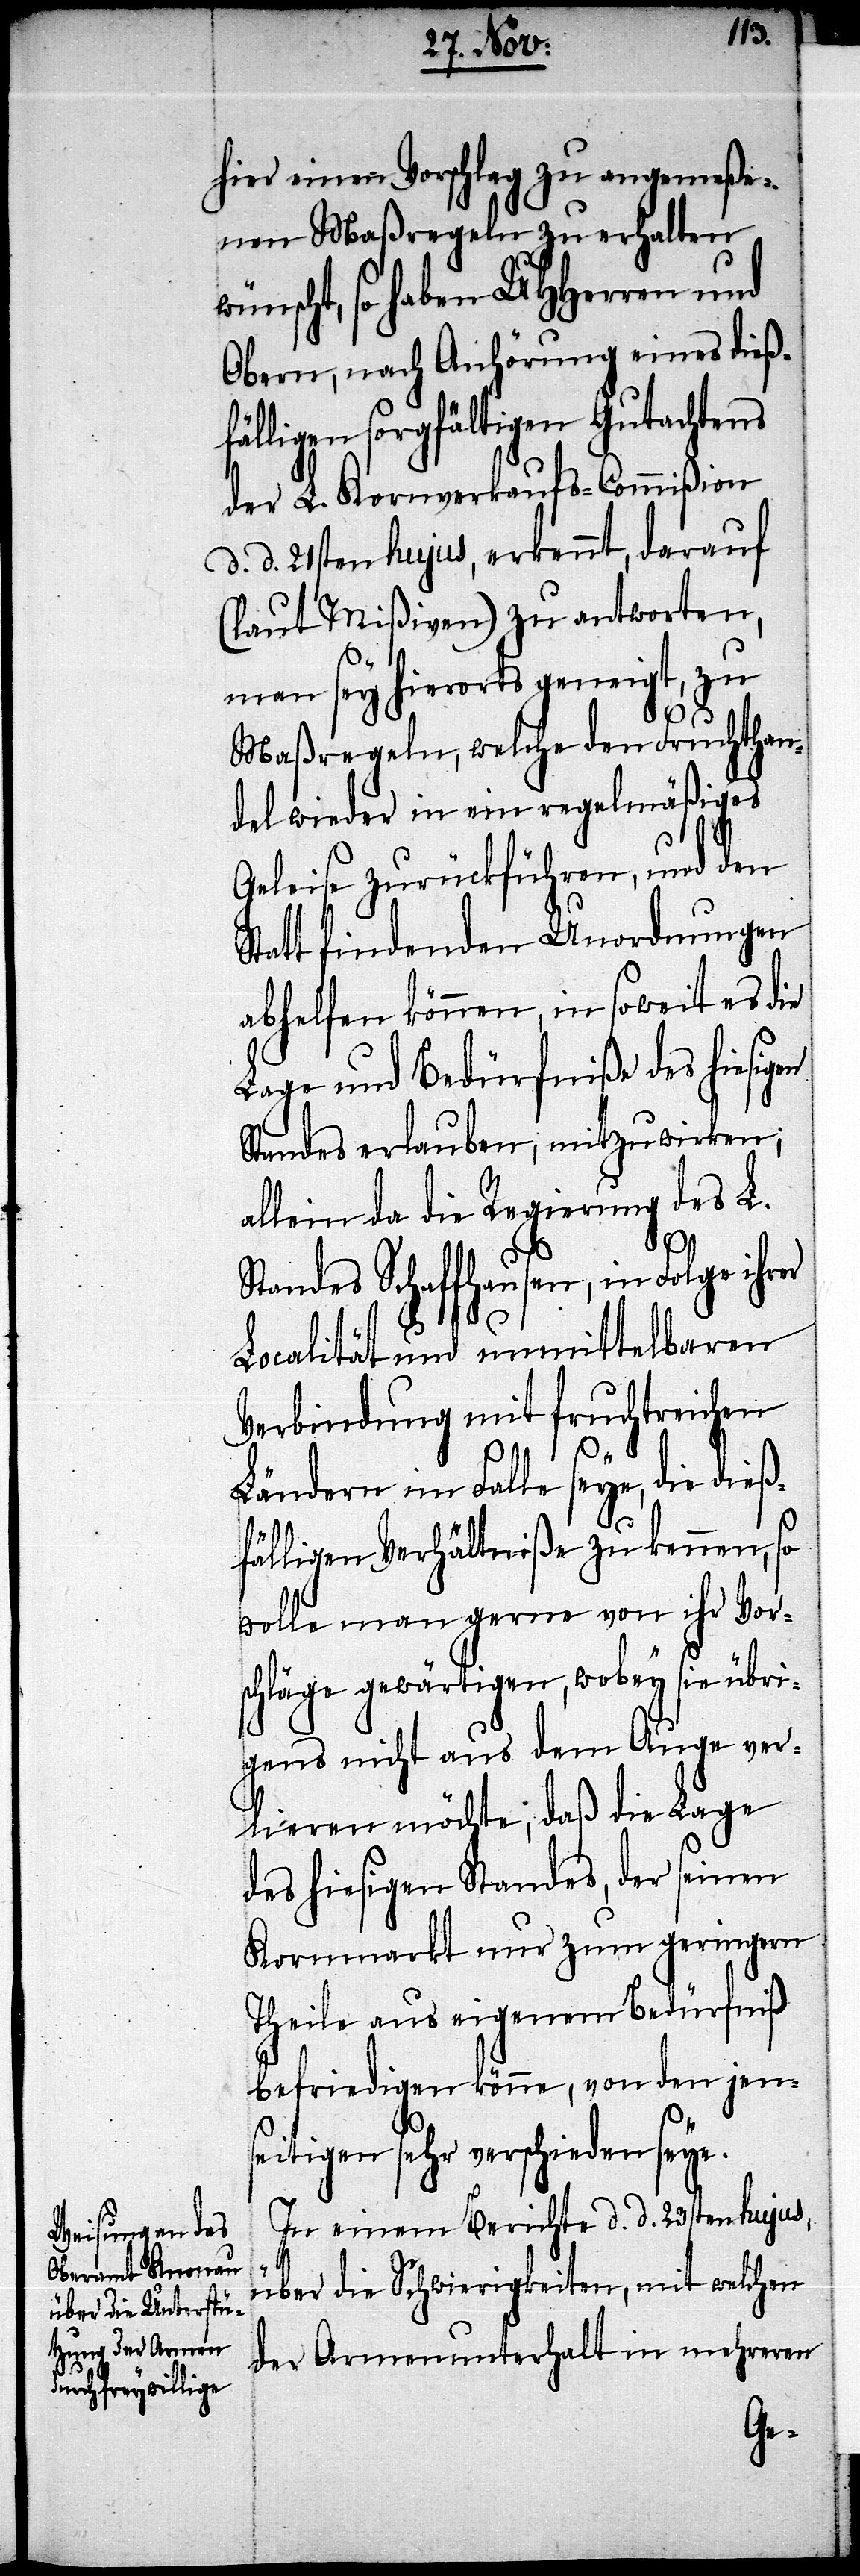
hier einen Vorschlag zu angemeße¬
nen Maßregeln zu erhalten
ünscht, so haben UHHerren und
Obern, nach Anhörung eines dieß¬
fälligen sorgfältigen Gutachtens
der L. Kornverkaufs-Commißion
d. d. 21ten hujus, erkennt, darauf
(laut Mißiven) zu antworten,
w¬
man sey hierorts geneigt, zu
Maßregeln, welche den Fruchthan¬
del wieder in ein regelmäßiges
Geleise zurückführen, und den
Statt findenden Unordnungen
abhelfen können, in soweit es die
Lage und Bedürfniße des hiesigen
Standes erlauben, mitzuwirken;
allein da die Regierung des L.
Standes Schaffhausen, in Folge ihrer
Localität und unmittelbaren
Verbindung mit fruchtreichen
Ländern im Falle seye, die dieß¬
fälligen Verhältniße zu kennen, so
wolle man gerne von ihr Vor¬
schläge gewärtigen, wobey sie übri¬
gens nicht aus dem Auge ver¬
lieren möchte, daß die Lage
des hiesigen Standes, der seinen
Kornmarkt nur zum geringen
Theile aus eigenem Bedürfniß
befriedigen könne, von den jens¬
eitigen sehr verschieden seye.
In einem Berichte d. d. 23sten hujus,
über die Schwierigkeiten, mit welchen
der Armenunterhalt in mehreren